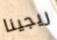
ريجينا